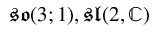
{ \mathfrak { s o } } ( 3 ; 1 ) , { \mathfrak { s l } } ( 2 , \mathbb { C } )